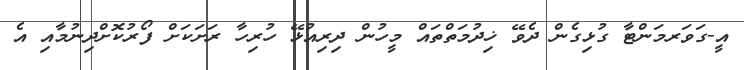
އީ-ގަވަރމަންޓާ ގުޅިގެން ދެވޭ ޚިދުމަތްތައް މީހުން ދިރިއުޅޭ ހުރިހާ ރަށަކަށް ފޯރުކޮށްދިނުމާއި އެ